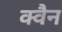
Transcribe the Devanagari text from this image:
क्वैन